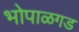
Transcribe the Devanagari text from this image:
भोपाळगड